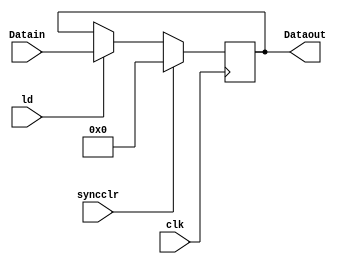
`timescale 1ns/1ns
module Register32bit (input [31:0]Datain, input syncclr, ld, clk,output reg [31:0] Dataout);
  always @(posedge clk)
  begin
    if (syncclr==1'b1)
      Dataout = 32'd0;
    else if (ld)
      Dataout = Datain;
  end
endmodule